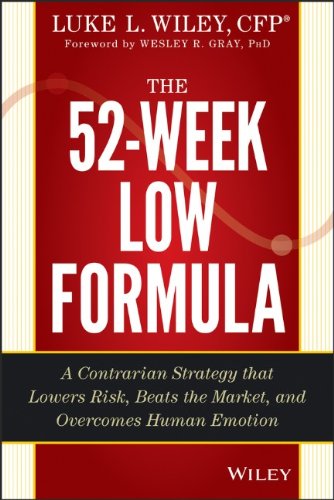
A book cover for The 52-Week Low Formula: A Contrarian Strategy that Lowers Risk, Beats the Market, and Overcomes Human Emotion; Luke L. Wiley; Business & Money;